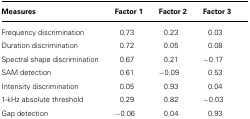
| Measures | Factor 1 | Factor 2 | Factor 3 |
 | --- | --- | --- | --- |
 | Frequency discrimination | 0.73 | 0.23 | 0.03 |
 | Duration discrimination | 0.72 | 0.05 | 0.08 |
 | Spectral shape discrimination | 0.67 | 0.21 | -0.17 |
 | SAM detection | 0.61 | -0.09 | 0.53 |
 | Intensity discrimination | 0.05 | 0.93 | 0.04 |
 | 1-kHz absolute threshold | 0.29 | 0.82 | -0.03 |
 | Gap detection | -0.06 | 0.04 | 0.93 |